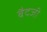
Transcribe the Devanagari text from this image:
बैदजी